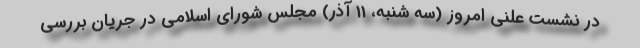
در نشست علنی امروز (سه شنبه، 11 آذر) مجلس شورای اسلامی در جریان بررسی